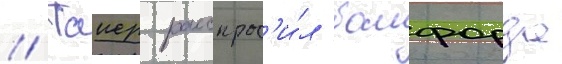
// Таиер расспрос'и́л бомфорда